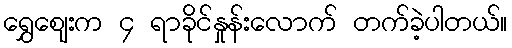
ရွှေဈေးက ၄ ရာခိုင်နှုန်းလောက် တက်ခဲ့ပါတယ်။